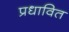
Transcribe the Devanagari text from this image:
प्रधावित